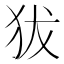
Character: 𤝜